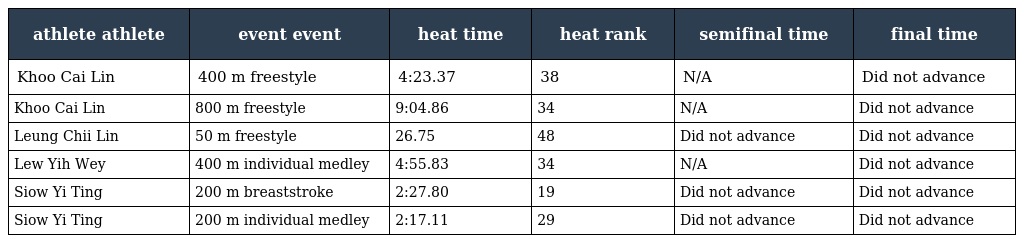
| athlete athlete | event event | heat time | heat rank | semifinal time | final time |
 | --- | --- | --- | --- | --- | --- |
 | Khoo Cai Lin | 400 m freestyle | 4:23.37 | 38 | N/A | Did not advance |
 | Khoo Cai Lin | 800 m freestyle | 9:04.86 | 34 | N/A | Did not advance |
 | Leung Chii Lin | 50 m freestyle | 26.75 | 48 | Did not advance | Did not advance |
 | Lew Yih Wey | 400 m individual medley | 4:55.83 | 34 | N/A | Did not advance |
 | Siow Yi Ting | 200 m breaststroke | 2:27.80 | 19 | Did not advance | Did not advance |
 | Siow Yi Ting | 200 m individual medley | 2:17.11 | 29 | Did not advance | Did not advance |